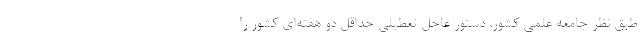
طبق نظر جامعه علمی کشور، دستور عاجل تعطیلی حداقل دو هفته‌ای کشور را